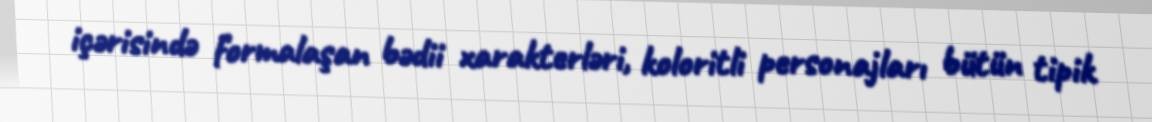
içərisində formalaşan bədii xarakterləri, koloritli personajları bütün tipik